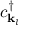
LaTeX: c _ { { \mathbf { k } } _ { l } } ^ { \dagger }